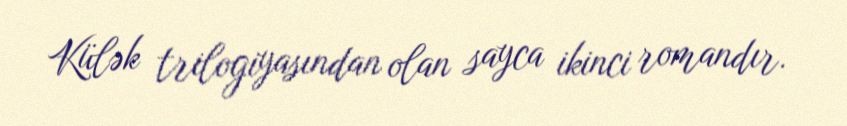
Külək trilogiyasından olan sayca ikinci romandır.